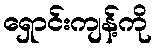
ရှောင်းကျန့်ကို